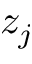
z _ { j }